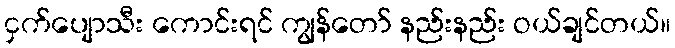
ငှက်ပျောသီး ကောင်းရင် ကျွန်တော် နည်းနည်း ဝယ်ချင်တယ်။